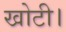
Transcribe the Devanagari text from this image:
खोटी।